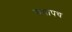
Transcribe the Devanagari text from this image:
चयापच